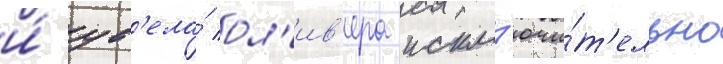
и́ ув'ела́ ол'ив'ера искл'ючи́т'ельно